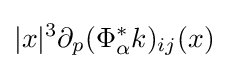
|x|^{3}\partial _{p}(\Phi _{\alpha }^{\ast }k)_{ij}(x)